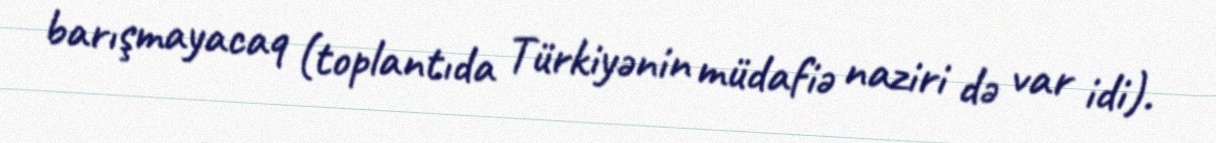
barışmayacaq (toplantıda Türkiyənin müdafiə naziri də var idi).